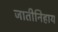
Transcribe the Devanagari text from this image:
जातीनिहाय